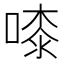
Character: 𠻟